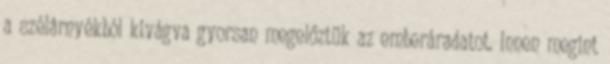
a szélárnyékból kivágva gyorsan megelőztük az emberáradatot. Innen megint